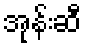
အုန်းဆီ